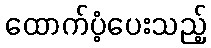
ထောက်ပံ့ပေးသည့်